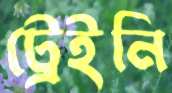
ট্রেইনি